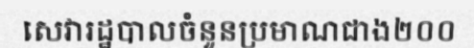
សេវារដ្ឋបាលចំនួនប្រមាណជាង២០០